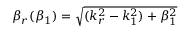
\beta _ { r } ( \beta _ { 1 } ) = \sqrt { ( k _ { r } ^ { 2 } - k _ { 1 } ^ { 2 } ) + \beta _ { 1 } ^ { 2 } }